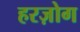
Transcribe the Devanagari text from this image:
हरज़ोग